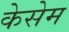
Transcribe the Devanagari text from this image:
केसेम